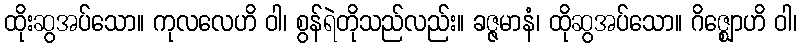
ထိုးဆွအပ်သော။ ကုလလေဟိ ဝါ၊ စွန်ရဲတိုသည်လည်း။ ခဇ္ဇမာနံ၊ ထိုဆွအပ်သော။ ဂိဇ္ဈောဟိ ဝါ၊